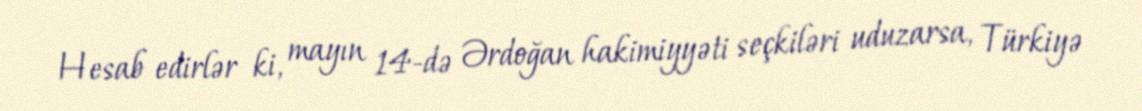
Hesab edirlər ki, mayın 14-də Ərdoğan hakimiyyəti seçkiləri uduzarsa, Türkiyə